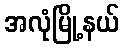
အလုံမြို့နယ်